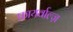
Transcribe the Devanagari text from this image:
फायर्वाल्ज़